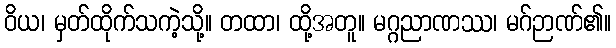
ဝိယ၊ မှတ်ထိုက်သကဲ့သို့။ တထာ၊ ထို့အတူ။ မဂ္ဂညာဏဿ၊ မဂ်ဉာဏ်၏။